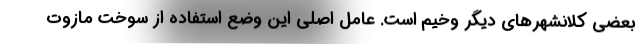
بعضی کلانشهرهای دیگر وخیم است. عامل اصلی این وضع استفاده از سوخت مازوت